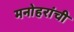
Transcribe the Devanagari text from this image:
मनोहरांची